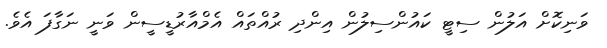
ވަނިކޮށް އަލުން ސިޓީ ކައުންސިލުން އިންދި ރުއްތައް އެމްއާރުޑީސީން ވަނީ ނަގާފަ އެވެ.